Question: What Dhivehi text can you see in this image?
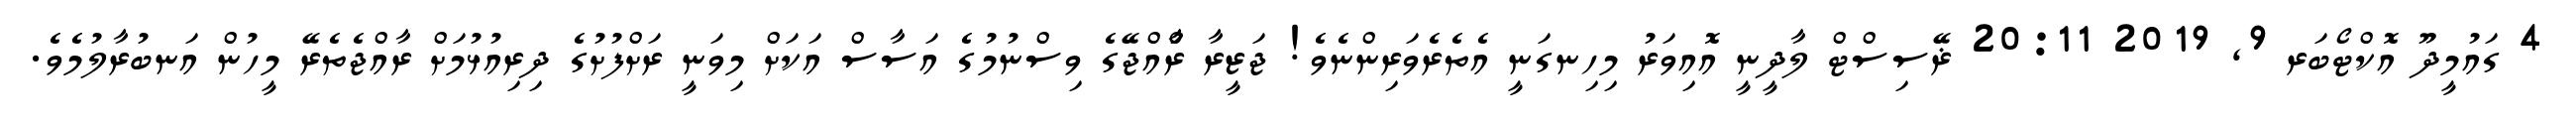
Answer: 4 ގައުމީދޫ އޮކްޓޯބަރ 9, 2019 20:11 ޜޭސިސްޓް ލާދީނީ އޮއިވަރު މިހިނގަނީ އެތެރެވަރިންނެވެ! ޖަޒީރާ ރާްއްޖޭގެ ވިސްނުމުގެ އަސާސް އަކަށް މިވަނީ ރަށްފުށުގެ ދިރިއުޅުމަށް ރާއްޖެތެރޭ މީހުން އަނބުރާލުމެވެ.